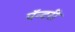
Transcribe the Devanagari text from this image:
पॅन्टरी